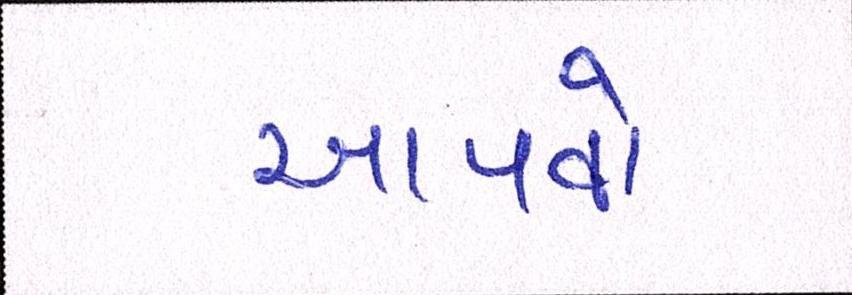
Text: આપવો